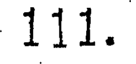
111.